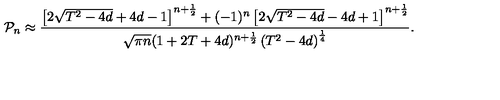
{ \cal P } _ { n } \approx \frac { \left[ 2 \sqrt { T ^ { 2 } - 4 d } + 4 d - 1 \right] ^ { n + \frac 1 2 } + ( - 1 ) ^ { n } \left[ 2 \sqrt { T ^ { 2 } - 4 d } - 4 d + 1 \right] ^ { n + \frac 1 2 } } { \sqrt { \pi n } ( 1 + 2 T + 4 d ) ^ { n + \frac 1 2 } \left( T ^ { 2 } - 4 d \right) ^ { \frac 1 4 } } .